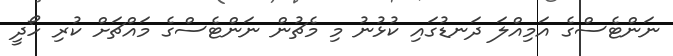
ނަންޓެސްގެ އަމިއްލަ ދަނޑުގައި ކުޅުނު މި މެޗުން ނަންޓެސްގެ މައްޗަށް ކުރި ހޯދީ